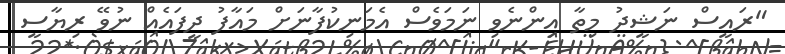
"ރައީސް ނަޝީދު މިތާ އިންނެވި ނަމަވެސް އެމަނިކުފާނަށް މައާފު ދީފައެއް ނުވޭ ރިޔާސީ